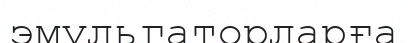
эмульгаторларға